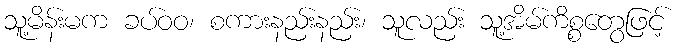
သူ့မိန်းမက ခပ်ဝဝ၊ စကားနည်းနည်း၊ သူလည်း သူ့အိမ်ကိစ္စတွေဖြင့်